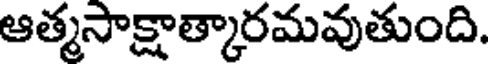
ఆత్మసాక్షాత్కారమవుతుంది.